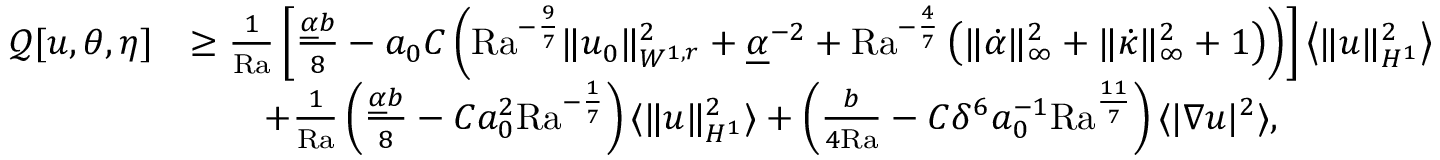
\begin{array} { r l } { \mathcal { Q } [ u , \theta , \eta ] } & { \geq \frac { 1 } { \mathrm { { R a } } } \left[ \frac { \underline { { \alpha } } b } { 8 } - a _ { 0 } C \left( { \mathrm { R a } } ^ { - \frac { 9 } { 7 } } \| u _ { 0 } \| _ { W ^ { 1 , r } } ^ { 2 } + \underline { { \alpha } } ^ { - 2 } + \mathrm { { R a } } ^ { - \frac { 4 } { 7 } } \left( \| \dot { \alpha } \| _ { \infty } ^ { 2 } + \| \dot { \kappa } \| _ { \infty } ^ { 2 } + 1 \right) \right) \right] \left\langle \| u \| _ { H ^ { 1 } } ^ { 2 } \right\rangle } \\ & { \qquad + \frac { 1 } { { \mathrm { R a } } } \left( \frac { \underline { { \alpha } } b } { 8 } - C a _ { 0 } ^ { 2 } \mathrm { { R a } } ^ { - \frac { 1 } { 7 } } \right) \langle \| u \| _ { H ^ { 1 } } ^ { 2 } \rangle + \left( \frac { b } { 4 { \mathrm { R a } } } - C \delta ^ { 6 } a _ { 0 } ^ { - 1 } \mathrm { { R a } } ^ { \frac { 1 1 } { 7 } } \right) \langle | \nabla u | ^ { 2 } \rangle , } \end{array}